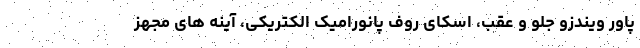
پاور ویندزو جلو و عقب، اسکای روف پانورامیک الکتریکی، آینه های مجهز